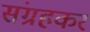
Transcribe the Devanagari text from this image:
संग्रहकर